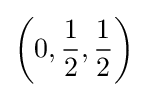
\left(0,{\frac {1}{2}},{\frac {1}{2}}\right)